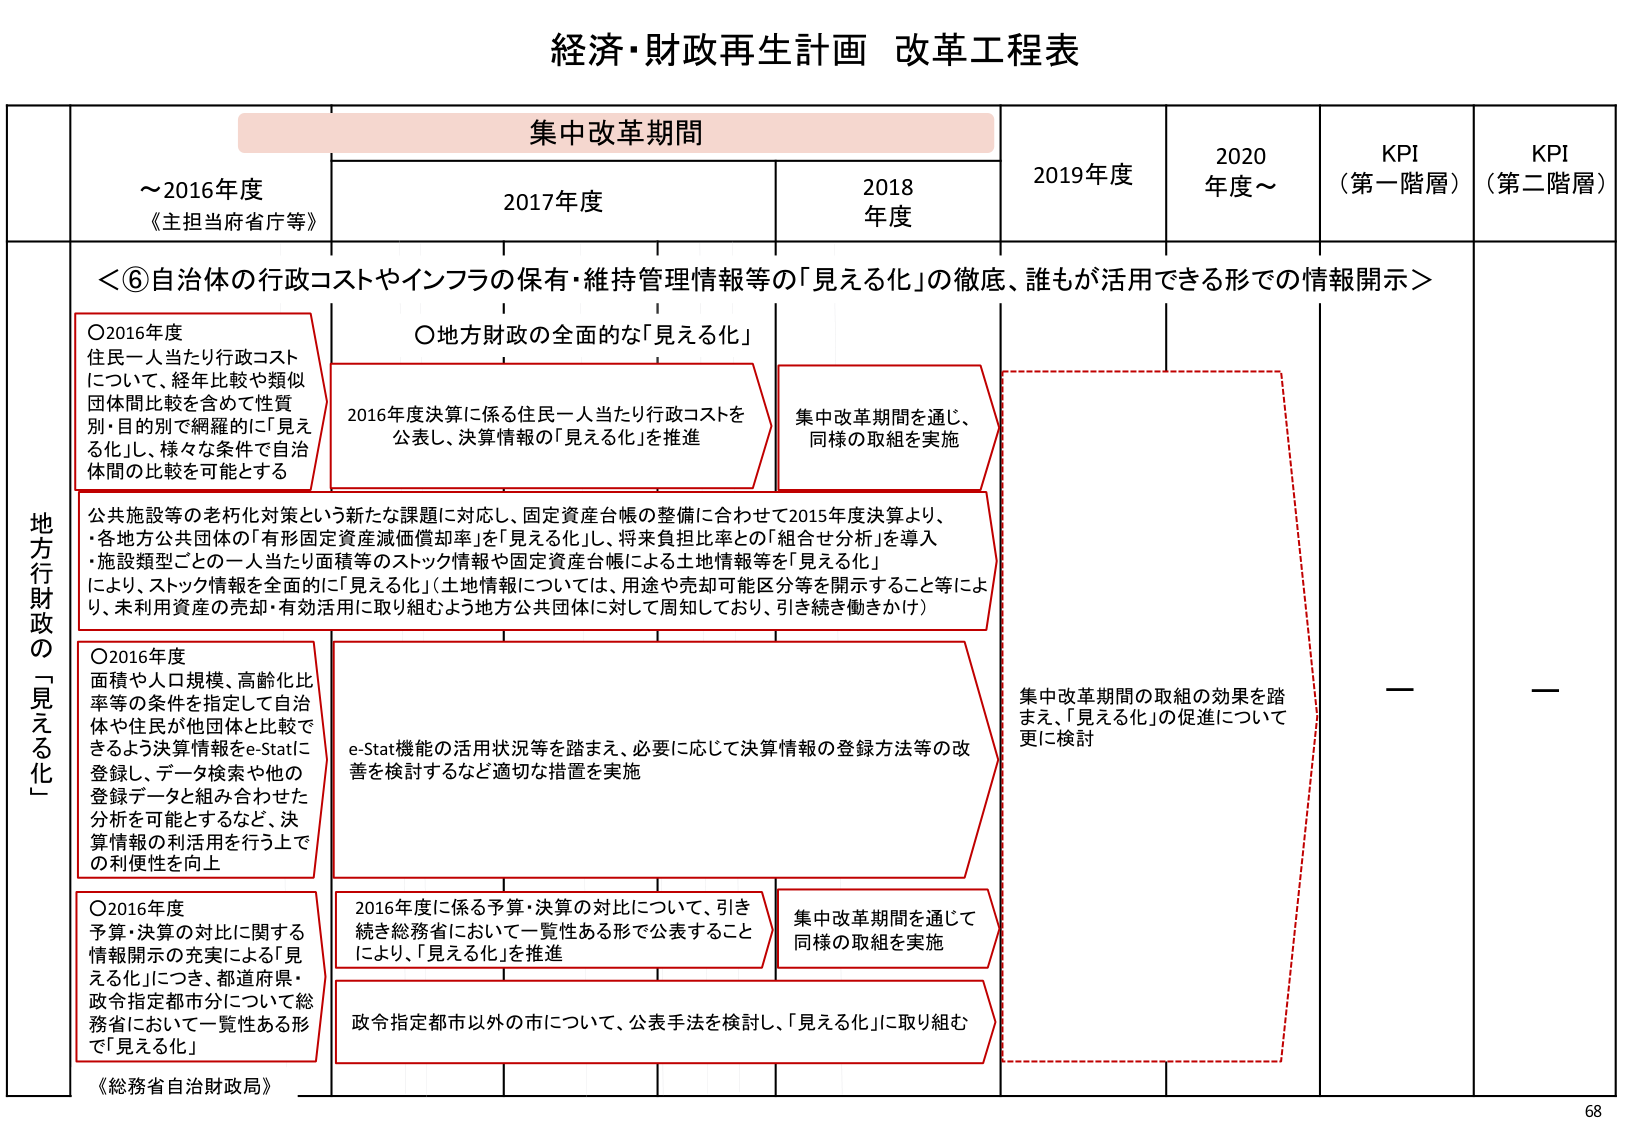
経済・財政再生計画 改革工程表

集中改革期間

～2016年度
《主担当府省庁等》

2017年度

2018年度

2019年度

2020年度～

KPI（第一階層）

KPI（第二階層）

＜⑥自治体の行政コストやインフラの保有・維持管理情報等の「見える化」の徹底、誰もが活用できる形での情報開示＞

〇2016年度
住民一人当たり行政コストについて、経年比較や類似団体間比較を含めて性質別・目的別で網羅的に「見える化」し、様々な条件で自治体間の比較を可能とする

〇地方財政の全面的な「見える化」

2016年度決算に係る住民一人当たり行政コストを公表し、決算情報の「見える化」を推進

集中改革期間を通じ、同様の取組を実施

公共施設等の老朽化対策という新たな課題に対応し、固定資産台帳の整備に合わせて2015年度決算より、
・各地方公共団体の「有形固定資産減価償却率」を「見える化」し、将来負担比率との「組合せ分析」を導入
・施設類型ごとの一人当たり面積等のストック情報や固定資産台帳による土地情報等を「見える化」
により、ストック情報を全面的に「見える化」（土地情報については、用途や売却可能区分等を開示すること等により、未利用資産の売却・有効活用に取り組むよう地方公共団体に対して周知しており、引き続き働きかけ）

〇2016年度
面積や人口規模、高齢化比率等の条件を指定して自治体や住民が他団体と比較できるよう決算情報をe-Statに登録し、データ検索や他の登録データと組み合わせた分析を可能とするなど、決算情報の利活用を行う上での利便性を向上

e-Stat機能の活用状況等を踏まえ、必要に応じて決算情報の登録方法等の改善を検討するなど適切な措置を実施

集中改革期間の取組の効果を踏まえ、「見える化」の促進について更に検討

〇2016年度
予算・決算の対比に関する情報開示の充実による「見える化」につき、都道府県・政令指定都市分について総務省において一覧性ある形で「見える化」

2016年度に係る予算・決算の対比について、引き続き総務省において一覧性ある形で公表することにより、「見える化」を推進

集中改革期間を通じて同様の取組を実施

政令指定都市以外の市について、公表手法を検討し、「見える化」に取り組む

《総務省自治財政局》

68